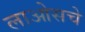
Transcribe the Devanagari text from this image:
लाओसचे